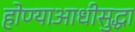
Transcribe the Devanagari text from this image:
होण्याआधीसुद्धा